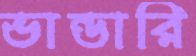
ভান্ডারি